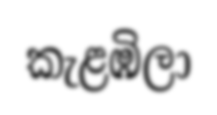
කැළඹිලා